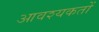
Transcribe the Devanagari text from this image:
आवश्यकतों